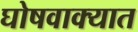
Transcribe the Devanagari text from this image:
घोषवाक्यात